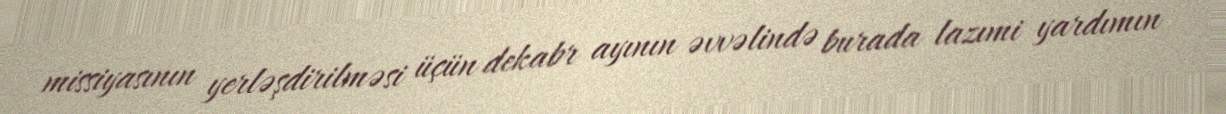
missiyasının yerləşdirilməsi üçün dekabr ayının əvvəlində burada lazımi yardımın